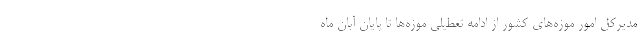
مدیرکل امور موزه‌های کشور از ادامه تعطیلی موزه‌ها تا پایان آبان ماه